Mental hospitals Bombay report 1929-33 - 1929-1933
Year: 1929
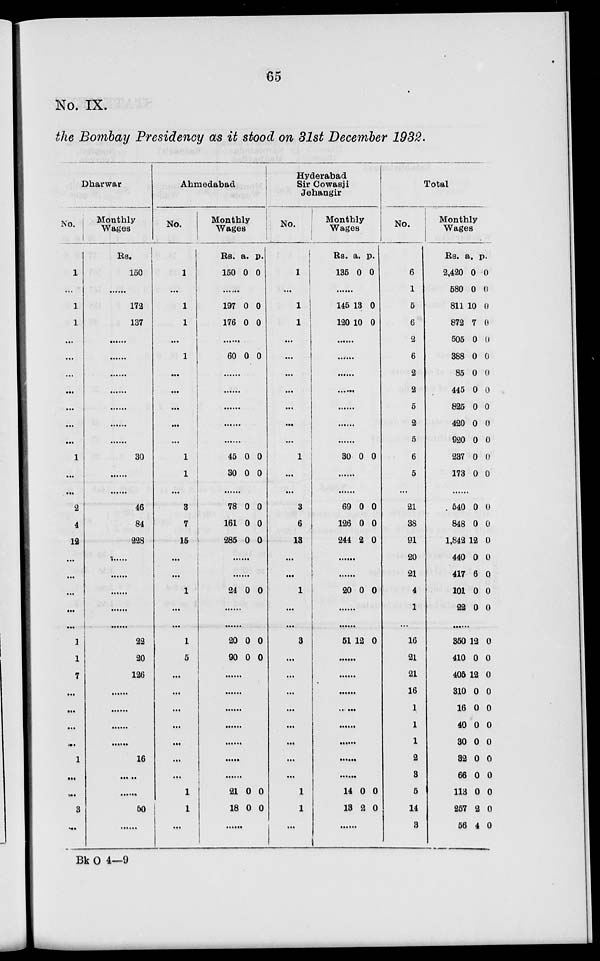
65
No. IX.
the Bombay Presidency as it stood on 31st December 1932.
Dharwar
No.
1
...
1
1
...
...
...
...
...
...
...
1
...
...
2
4
12
...
...
...
...
...
1
1
7
...
...
...
...
1
...
...
3
...
Monthly
Wages
Rs.
150
......
172
137
......
......
......
......
......
......
.......
30
...
...
46
84
228
...
...
...
...
22
20
126
......
......
......
......
16
... ..
......
60
...
Ahmedabad
No.
1
...
1
1
...
1
...
...
...
...
...
1
1
...
3
7
15
...
...
1
...
...
1
5
...
...
....
...
...
...
...
1
1
...
Monthly
Wages
Rs.
150
a.
0
p.
0
......
197
176
0
0
0
0
......
60 0 0
......
......
......
......
......
45
30
0
0
0
0
......
78
161
285
0
0
0
0
0
0
......
......
24 0 0
......
......
20
90
0
0
0
0
......
......
......
......
......
......
......
21
18
0
0
0
0
......
Hyderabad
Sir Cowasji
Jehangir
No.
1
...
1
1
...
...
...
...
...
...
...
1
...
...
3
6
18
...
...
1
...
...
3
...
...
...
...
...
...
...
1
1
...
Monthly
Wages
Rs.
135
a.
0
p.
0
.......
145
120
13
10
0
0
......
......
......
......
......
......
......
30 0 0
......
......
69
126
244
0
0
2
0
0
0
......
......
20 0 0
......
......
51 12 0
......
......
......
......
......
......
......
......
14
13
14 0
2
0
0
......
Total
No.
6
1
5
6
2
6
2
2
5
2
5
6
5
...
21
38
91
20
21
4
1
...
16
21
21
16
1
1
1
2
3
5
14
3
Monthly
Wages
Rs.
2,420
580
811
872
505
388
85
445
825
420
920
237
173
a.
0
0
10
7
0
0
0
0
0
0
0
0
0
p
0
0
0
0
0
0
0
0
0
0
0
0
0
......
540
848
1,842
440
417
101
22
0
0
12
0
6
0
0
0
0
0
0
0
0
0
......
350
410
405
310
16
40
30
32
66
113
257
56
12
0
12
0
0
0
0
0
0
0
2
4
0
0
0
0
0
0
0
0
0
0
0
0
Bk O 4—9